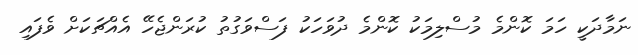
ނަމާދަކީ ހަމަ ކޮންމެ މުސްލިމަކު ކޮންމެ ދުވަހަކު ފަސްވަގުތު ކުރަންޖެހޭ އެއްޗަކަށް ވެފައި